Report on the lunatic asylums under the Government of Bombay - 1904-1913
Year: 1904
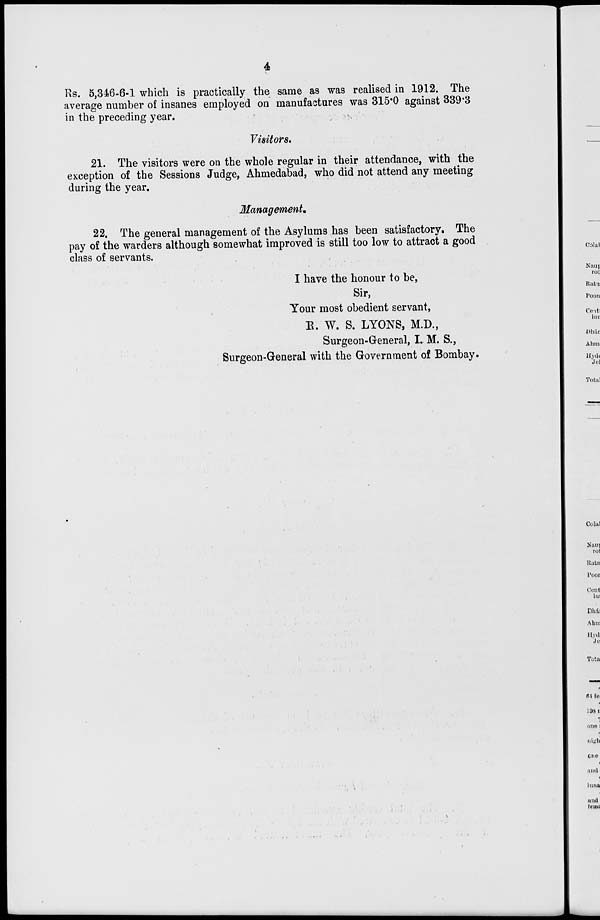
4
Rs. 5,346-6-1 which is practically the same as was realised in 1912. The
average number of insanes employed on manufactures was 315.0 against 339.3
in the preceding year.
Visitors.
21. The visitors were on the whole regular in their attendance, with the
exception of the Sessions Judge, Ahmedabad, who did not attend any meeting
during the year.
Management.
22. The general management of the Asylums has been satisfactory. The
pay of the warders although somewhat improved is still too low to attract a good
class of servants.
I have the honour to be,
Sir,
Your most obedient servant,
R. W. S. LYONS, M.D.,
Surgeon-General, I. M. S.,
Surgeon-General with the Government of Bombay.